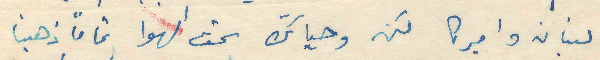
لبنان واميركا لكن وحياتك شمت الهوا تماماً ذهبنا